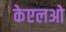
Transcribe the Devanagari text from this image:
केएलओ